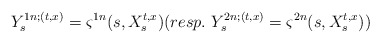
\begin{align*}Y_s^{1n;(t,x)}= \varsigma^{1n}(s,X_s^{t,x})(resp.\ Y_s^{2n;(t,x)}=\varsigma^{2n}(s,X_s^{t,x}))\end{align*}